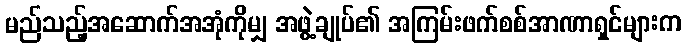
မည်သည့်အဆောက်အအုံကိုမျှ အဖွဲ့ချုပ်၏ အကြမ်းဖက်စစ်အာဏာရှင်များက